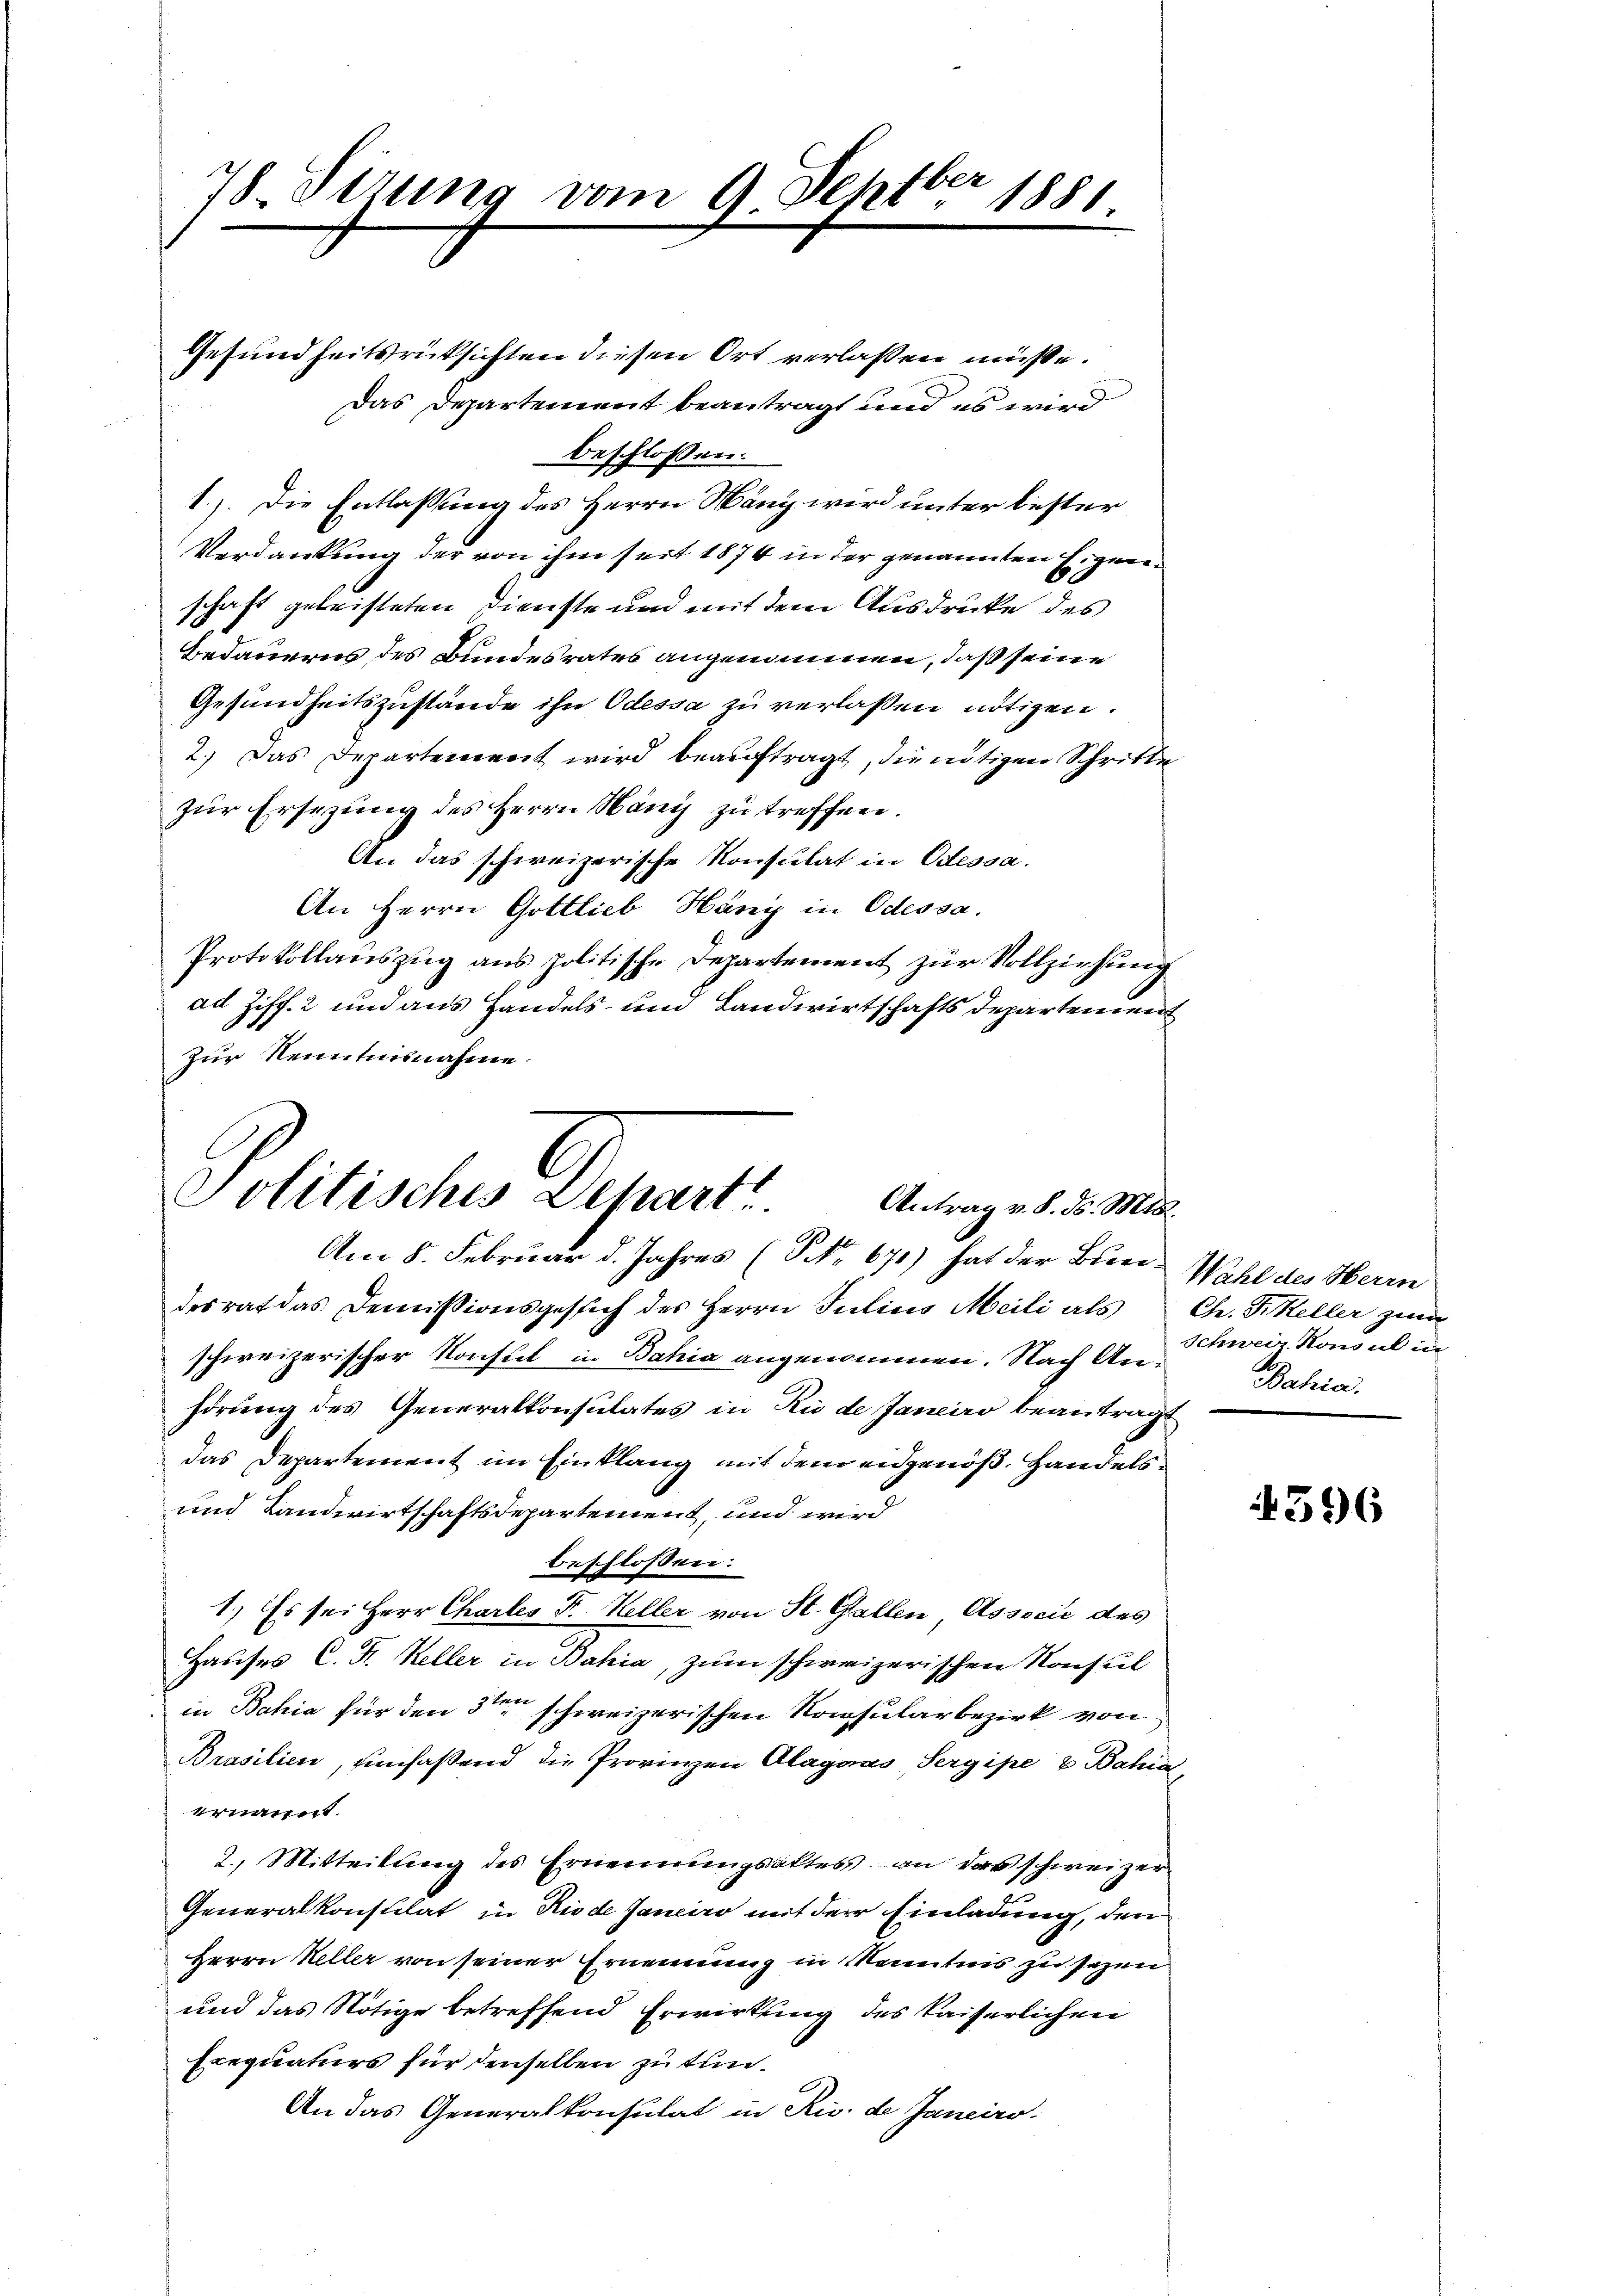
78. Strung vom 9. Septber 1881.

Politisches Depart
Antrag v. 8. ds. Mts.
Am 8. Februar d. Jahres (P No. 671) hat der Biere Wahl des Herrn

Gesundheitsrücksichten diesen Ort verlassen müsse.
Das Departement beantragt und es wird
beschlossen:
1.) Die Entlassung des Herrn Mäng wird unter bester
Verdankung der von ihm seit 1874 in der genannten Eigenschaft geleisteten Dienste und mit dem Ausdrucke des
Bedauerns des Bundesrates angenommen, daß seine
Gesundheitszustände ihn Odessa zu verlassen nötigen.
2.) Das Departement wird beauftragt, die nötigen Schritte
zur Ersezung des Herrn Hany zu treffen.
An das schweizerische Konsulat in Odessa.
An Herrn Gottlieb Häny in Odessa.
Protokollauszug aus politische Departement zur Vollziehung
ad Ziff. 2 und aus Handels- und Landwirtschafts Departement
Zur Kenntnisnahme.

desrat das Demissionsgesich des Herrn Julius Meili als Ch. Frikeller zum
schweizerischer Konsul in Bahia angenommen. Nach Anhörung des Generalkonsulates in Rio de Janeiro beantragt
das Departement im Einklang mit dem eidgenöß. Handels¬
und Landwirtschaftsdepartement, und wird
beschlossen:
1.) Es sei Herr Chartes F. Heller von St. Gallen, Associe des
Hauses C. F. Keller in Bahia, zum schweizerischen Konsul
in Bahia für den 3ten schweizerischen Konsularbezirk von
Brasilien, umfaßend die Provinen Alagnas Sergipe & Bahia
ernannt.
2. Mitteilung des Ernennungsaktes an das schweizer
Generalkonsulat in Rio de Janeiro mit der Einladung, den
Herrn Heller von seiner Ernennung in Kenntnis zu sezen
und das Nötige betreffend Erwirkung des Kaiserlichen
Erequaturs für denselben zu tun¬
An das Generalkonsulat in Riv. de Janeiro-

Schweiz Konsul in
Bahia.

4396